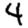
Digit: 4